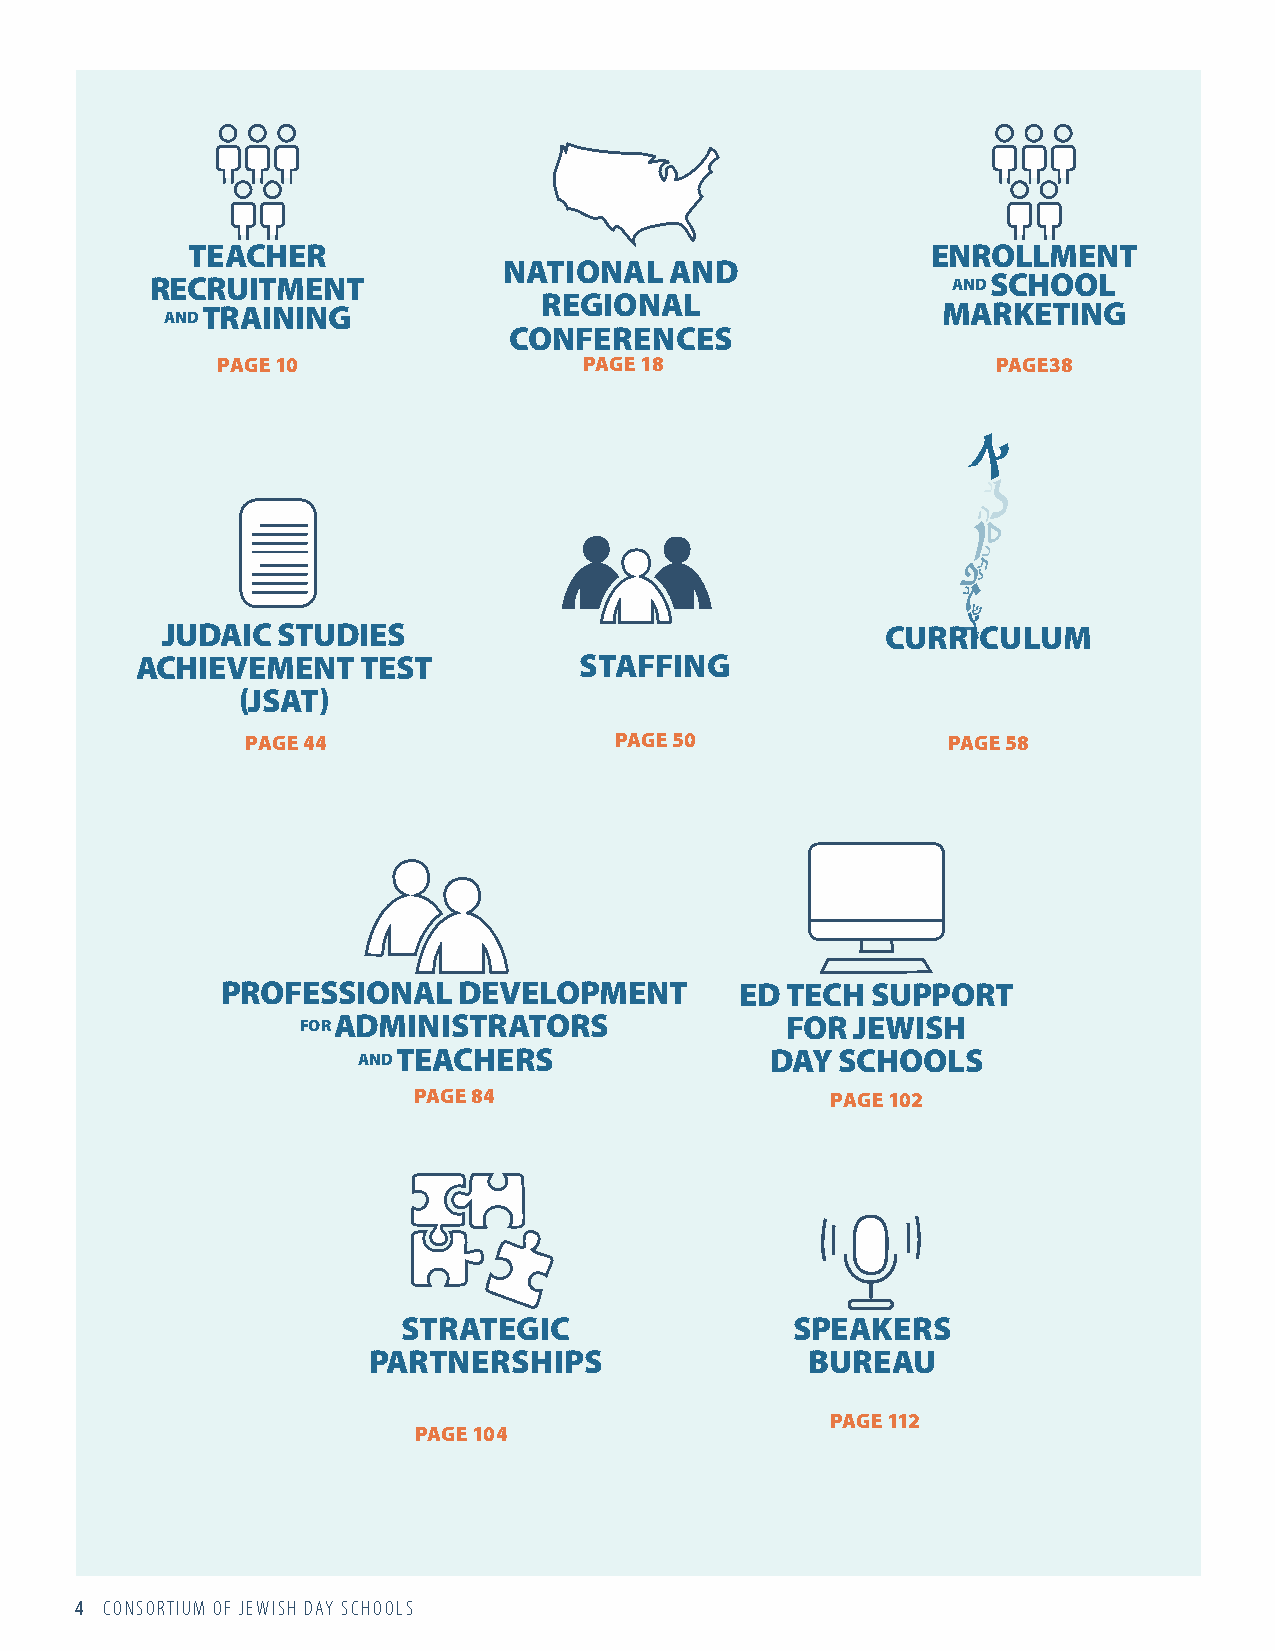
TEACHER                                           ENROLLMENT
 NATIONAL   AND
 RECRUITMENT                                          AND SCHOOL
 REGIONAL
 AND TRAINING                                       MARKETING
 CONFERENCES
 PAGE 10                  PAGE 18                    PAGE38
 JUDAIC STUDIES                                  CURRICULUM
 ACHIEVEMENT    TEST          STAFFING
 (JSAT)
 PAGE 44                  PAGE 50               PAGE 58
 PROFESSIONAL   DEVELOPMENT        ED TECH  SUPPORT
 FOR ADMINISTRATORS              FOR JEWISH
 AND TEACHERS               DAY SCHOOLS
 PAGE 84                     PAGE 102
 STRATEGIC                 SPEAKERS
 PARTNERSHIPS                  BUREAU
 PAGE 112
 PAGE 104
 4 CONSORTIUM OF JEWISH DAY SCHOOLS